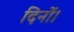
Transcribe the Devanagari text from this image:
दिनों।